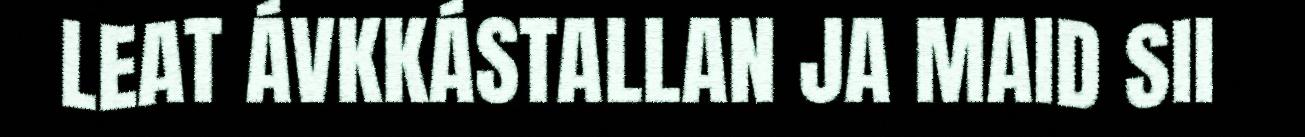
LEAT ÁVKKÁSTALLAN JA MAID SII